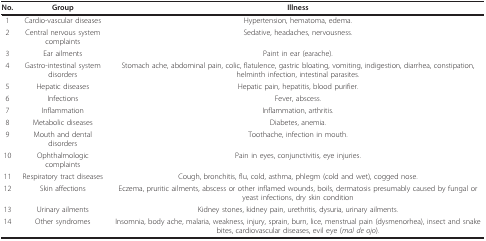
| No. | Group | Illness |
 | --- | --- | --- |
 | 1 | Cardio-vascular diseases | Hypertension, hematoma, edema. |
 | 2 | Central nervous system complaints | Sedative, headaches, nervousness. |
 | 3 | Ear ailments | Paint in ear (earache). |
 | 4 | Gastro-intestinal system disorders | Stomach ache, abdominal pain, colic, flatulence, gastric bloating, vomiting, indigestion, diarrhea, constipation, helminth infection, intestinal parasites. |
 | 5 | Hepatic diseases | Hepatic pain, hepatitis, blood purifier. |
 | 6 | Infections | Fever, abscess. |
 | 7 | Inflammation | Inflammation, arthritis. |
 | 8 | Metabolic diseases | Diabetes, anemia. |
 | 9 | Mouth and dental disorders | Toothache, infection in mouth. |
 | 10 | Ophthalmologic complaints | Pain in eyes, conjunctivitis, eye injuries. |
 | 11 | Respiratory tract diseases | Cough, bronchitis, flu, cold, asthma, phlegm (cold and wet), cogged nose. |
 | 12 | Skin affections | Eczema, pruritic ailments, abscess or other inflamed wounds, boils, dermatosis presumably caused by fungal or yeast infections, dry skin condition |
 | 13 | Urinary ailments | Kidney stones, kidney pain, urethritis, dysuria, urinary ailments. |
 | 14 | Other syndromes | Insomnia, body ache, malaria, weakness, injury, sprain, burn, lice, menstrual pain (dysmenorhea), insect and snake bites, cardiovascular diseases, evil eye (mal de ojo). |